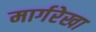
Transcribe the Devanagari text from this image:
मार्गरेखा